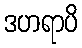
ဒဟရာပိ